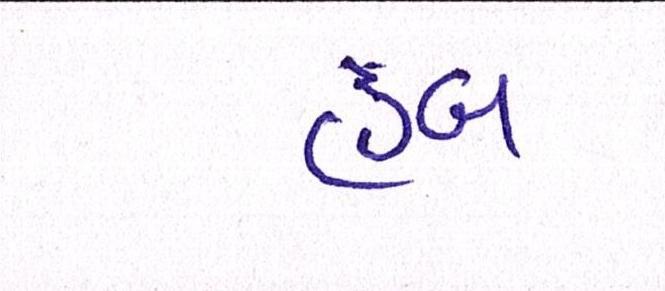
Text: હબ